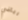
رياضي